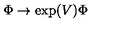
\Phi \rightarrow \exp ( V ) \Phi